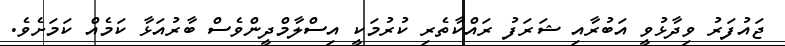
ޖައުފަރު ވިދާޅުވީ އަބުރާއި ޝަރަފު ރައްކާތެރި ކުރުމަކީ އިސްލާމްދީންވެސް ބާރުއަޅާ ކަމެއް ކަމަށެވެ.